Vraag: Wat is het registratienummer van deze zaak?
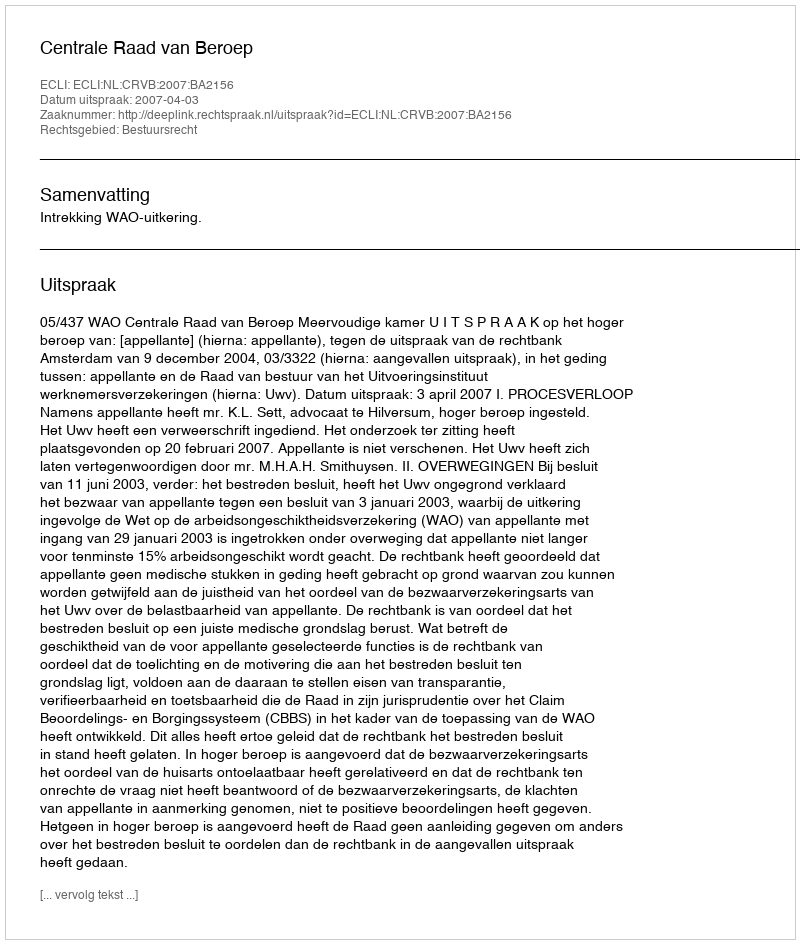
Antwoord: http://deeplink.rechtspraak.nl/uitspraak?id=ECLI:NL:CRVB:2007:BA2156